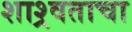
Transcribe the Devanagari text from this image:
शाश्र्वताचा